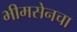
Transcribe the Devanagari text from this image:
भीमसेनचा